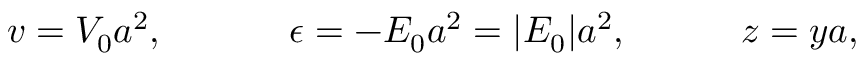
v = V _ { 0 } a ^ { 2 } , ~ ~ ~ ~ ~ ~ ~ ~ ~ ~ \epsilon = - E _ { 0 } a ^ { 2 } = | E _ { 0 } | a ^ { 2 } , ~ ~ ~ ~ ~ ~ ~ ~ ~ z = y a ,